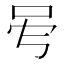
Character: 𠰇